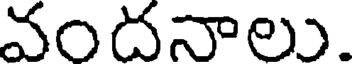
వందనాలు.